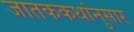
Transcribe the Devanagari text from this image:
जातककथांनुसार